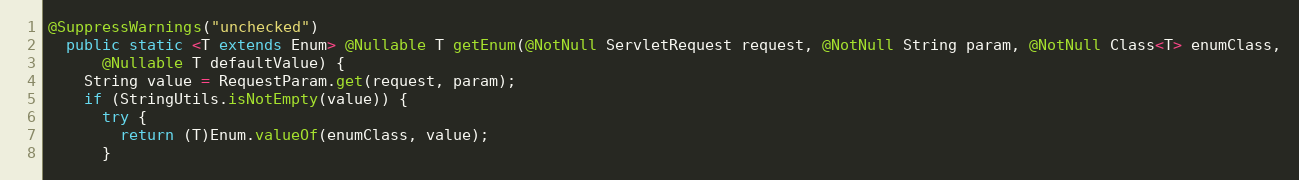
Language: Java
@SuppressWarnings("unchecked")
  public static <T extends Enum> @Nullable T getEnum(@NotNull ServletRequest request, @NotNull String param, @NotNull Class<T> enumClass,
      @Nullable T defaultValue) {
    String value = RequestParam.get(request, param);
    if (StringUtils.isNotEmpty(value)) {
      try {
        return (T)Enum.valueOf(enumClass, value);
      }